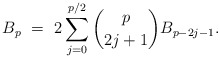
\begin{align*} B_{p} \ = \ 2\sum_{j=0}^{p/2} \binom{p}{2j+1} B_{p-2j-1}. \end{align*}